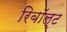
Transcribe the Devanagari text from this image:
रिबॉल्ट